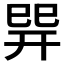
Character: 𢁅